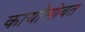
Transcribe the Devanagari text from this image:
कार्यांसोबत